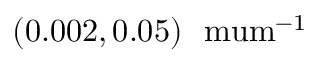
( 0 . 0 0 2 , 0 . 0 5 ) ~ \mathrm { \ m u m ^ { - 1 } }